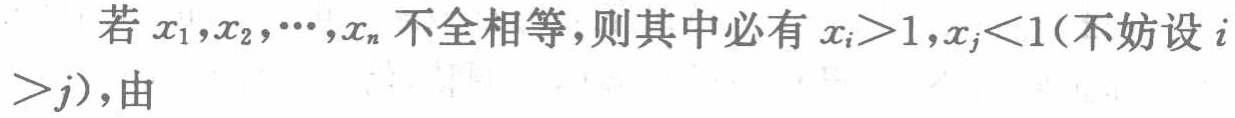
若\(x_1,x_2,\cdots,x_n\)不全相等，则其中必有\(x_i > 1,x_j < 1\)(不妨设\(i>j\))，由